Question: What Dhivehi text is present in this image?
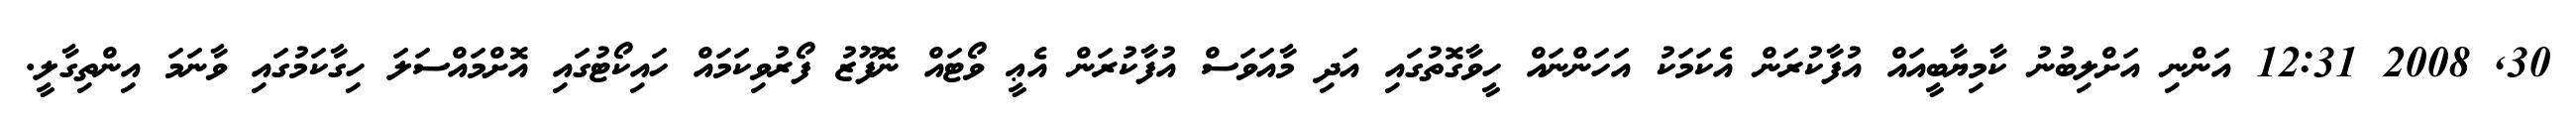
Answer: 30, 2008 12:31 އަންނި އަށްލިބުނު ކާމިޔާބީއައް އުފާކުރަން އެކަމަކު އަހަންނައް ހީވާގޮތުގައި އަދި މާއަވަސް އުފާކުރަން އެޢީ ވޯޓައް ނޮފޫޒު ފޯރުވިކަމައް ހައިކޯޓުގައި އޮށްމައްސަލަ ހިގާކަމުގައި ވާނަމަ އިންތިގާލީ.